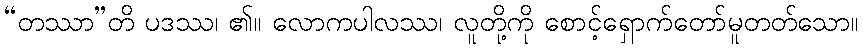
“တဿာ”တိ ပဒဿ၊ ၏။ လောကပါလဿ၊ လူတို့ကို စောင့်ရှောက်တော်မူတတ်သော။